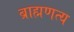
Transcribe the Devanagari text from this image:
ब्राह्मणत्य